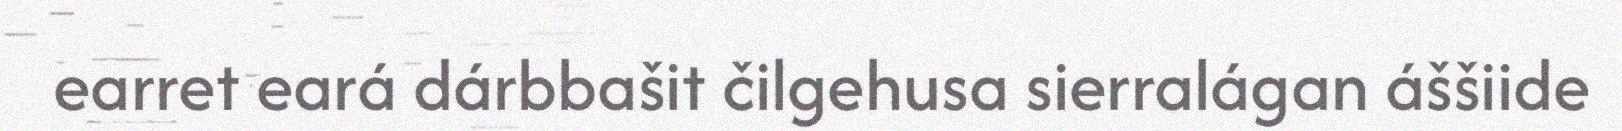
earret eará dárbbašit čilgehusa sierralágan áššiide